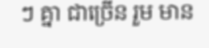
ៗ គ្នា ជាច្រើន រួម មាន